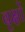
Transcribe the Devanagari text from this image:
बृक्षों